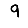
Digit: 9